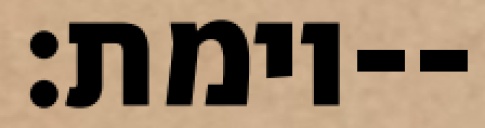
וימת׃--